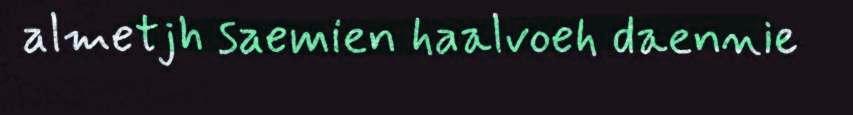
almetjh saemien haalvoeh daennie